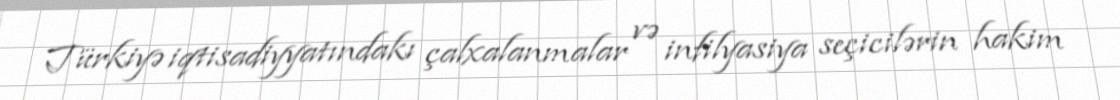
Türkiyə iqtisadiyyatındakı çalxalanmalar və infilyasiya seçicilərin hakim